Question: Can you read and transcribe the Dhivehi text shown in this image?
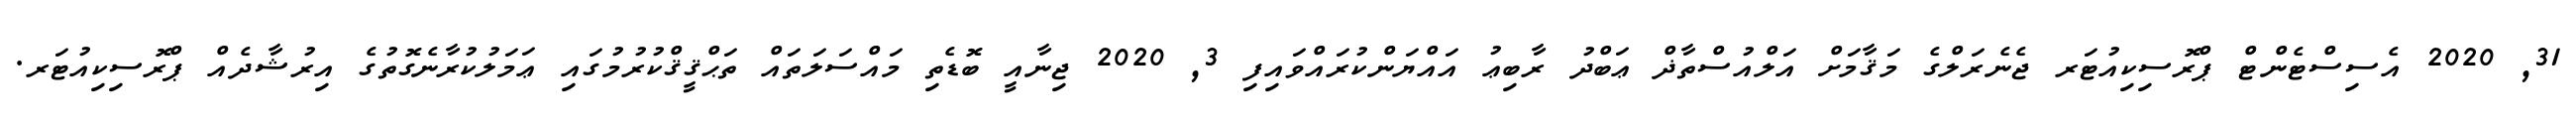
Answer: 31, 2020 އެސިސްޓެންޓް ޕްރޮސިކިއުޓަރ ޖެނެރަލްގެ މަޤާމަށް އަލްއުސްތާޛް ޢަބްދު ރާބިޢު އައްޔަންކުރައްވައިފި 3, 2020 ޖިނާއީ ބޮޑެތި މައްސަލަތައް ތަޙްޤީޤްކުރުމުގައި ޢަމަލުކުރާނެގޮތުގެ އިރުޝާދެއް ޕްރޮސިކިއުޓަރ.